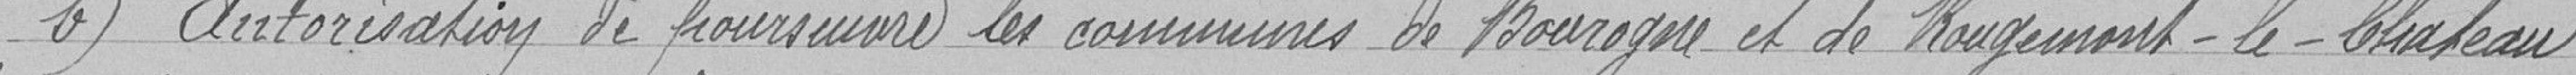
b) Autorisation de poursuivre les communes de BOUROGNE et de ROUGEMONT-LE-CHATEAU